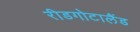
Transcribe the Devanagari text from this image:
रीडगोटालैंड